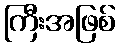
ကြီးအဖြစ်